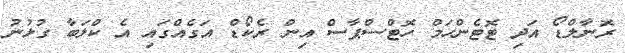
ރޮނާލްޑޯ އަދި ޓޮޓެންހަމް ހޮޓްސްޕާސް އިން ރެކޯޑް އަގެއްގައި އެ ކްލަބާ ގުޅުނު